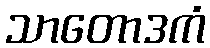
သာတောဒကံ